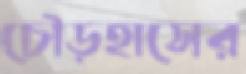
চৌড়হাসের